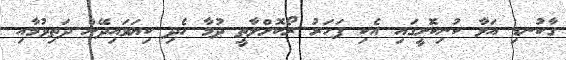
ގާކުނޑި އަޅާ ކުނިކޮށީގައި އެކި ފަހަރު ރޯކޮށްލާތީ ދުމާ ހެދި ކިޔަވައިދޭން ދަތިވުމާއި